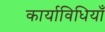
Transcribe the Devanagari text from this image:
कार्याविधियाँ